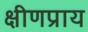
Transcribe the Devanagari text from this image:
क्षीणप्राय